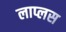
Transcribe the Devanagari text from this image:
लाप्लस